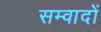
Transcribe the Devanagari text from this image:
सम्वादों